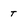
Character: t